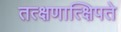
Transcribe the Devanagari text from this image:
तत्क्षणात्क्षिपते